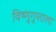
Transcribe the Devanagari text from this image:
विष्णुगुप्ताला